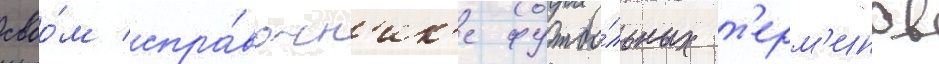
своо́м спра́вочн'ик'е футбо́льных т'ерм'инов